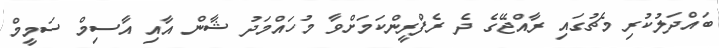
ބައްދަލުކުރި މެޗުގައި ރާއްޖޭގެ ދެ ރެފްރީންކަމަށްވާ މުހައްމަދު ޝާން އާއި އާސިމް ސަމީމް